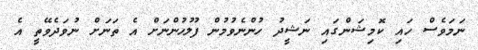
ނަމަވެސް ހައި ކޮމިޝަންގައި ނަޝީދު ހުންނެވުމުން ފުލުހުންނަށް އެ ތަނަށް ނުވަދެވޭތީ އެ